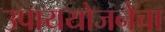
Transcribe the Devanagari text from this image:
उपाययोजनेचा